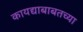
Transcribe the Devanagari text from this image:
कायद्याबाबतच्या